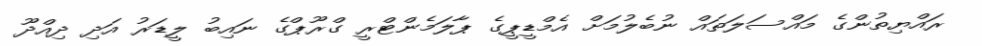
ރައްޔިތުންގެ މައްސަލަތައް ނުބެލުމަށް އެމްޑީޕީގެ ޕާލަމެންޓްރީ ގްރޫޕްގެ ނައިބު ލީޑަރު އަދި ދިއްދޫ